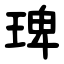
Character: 琕